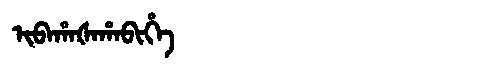
Manchu: ᡳᠪᠠᡥᠠᡧᠠᡥᠠᠪᡳᡥᡝ
Romanization: IBAHAŠAHABIHE